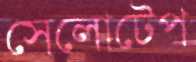
সেলোটেপ